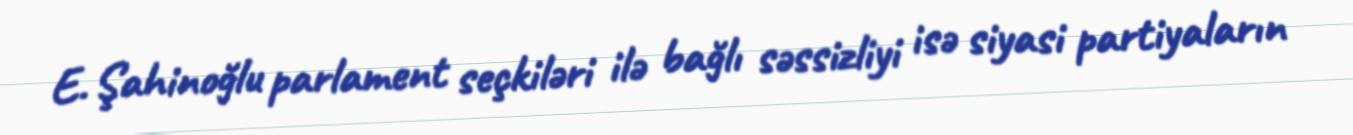
E. Şahinoğlu parlament seçkiləri ilə bağlı səssizliyi isə siyasi partiyaların